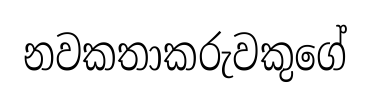
නවකතාකරුවකුගේ